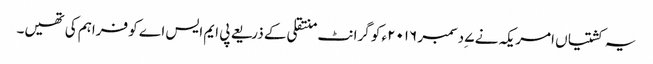
یہ کشتیاں امریکہ نے ۷ ِدسمبر ۲۰۱۶ء کو گرانٹ منتقلی کے ذریعے پی ایم ایس اے کو فراہم کی تھیں۔